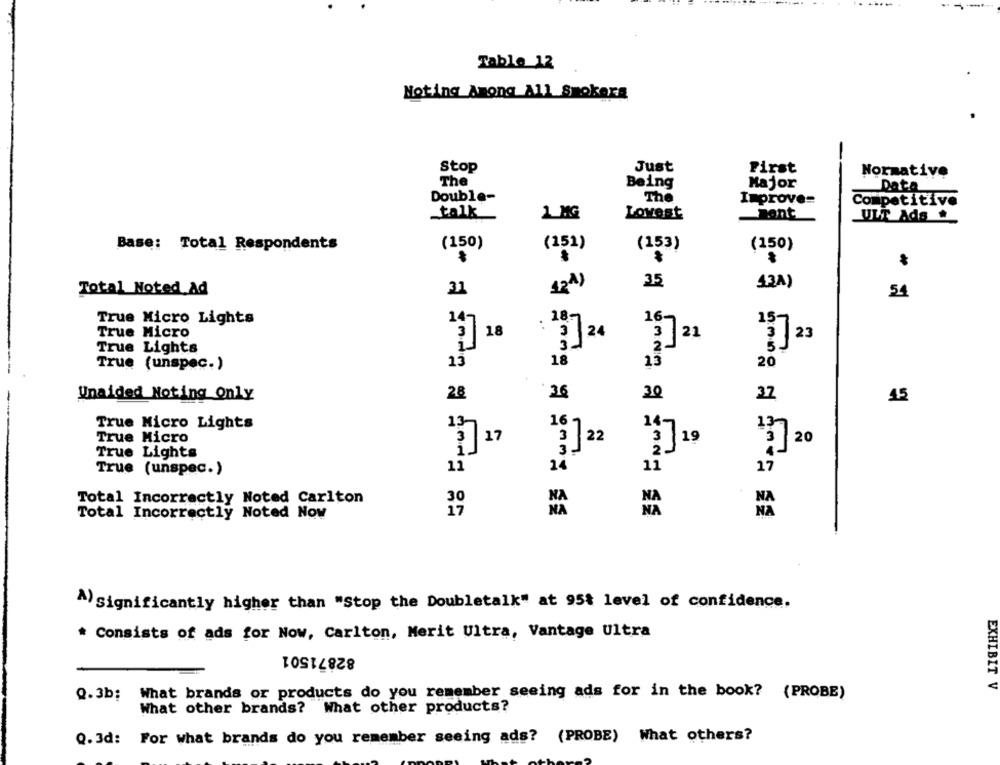
Table 12
Noting Among All Smokers
Stop
Just
First
Normative
The
Being
Major
Data
Double-
The
Improve=
Competitive
Lowest
Bont
talk
1 KG
ULT Ads .
Base: Total Respondents
(150)
(151)
(153)
(150)
43A)
Total Noted Ad
31
42^)
35
54
True Micro Lights
16-
14
187
157
True Micro
13]18
123
True Lights
True (unspec.)
13
18
13
20
Unaided Noting Only
2.8
26
30
15
37
True Micro Lights
14-
True Micro
27 20
237 19
True Lights
True (unspec.)
11
24
11
17
Total Incorrectly Noted Carlton
30
NA
NA
Total Incorrectly Noted Now
A) significantly higher than "Stop the Doubletalk" at 95% level of confidence.
* Consists of ads for Now, Carlton, Merit Ultra, Vantage Ultra
82871501
EXHIBIT V
Q.3b: What brands or products do you remember seeing ads for in the book? (PROBE)
What other brands? What other products?
Q.3d: For what brands do you remember seeing ads? (PROBE) What others?